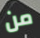
من